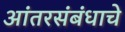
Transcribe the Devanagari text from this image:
आंतरसंबंधाचे